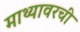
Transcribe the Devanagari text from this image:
माथ्यावरची